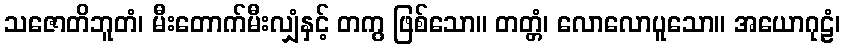
သဇောတိဘူတံ၊ မီးတောက်မီးလျှံနှင့် တကွ ဖြစ်သော။ တတ္တံ၊ လောလောပူသော။ အယောဂုဠံ၊